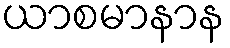
ယာစမာနာန